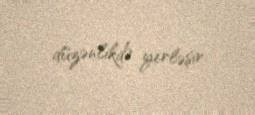
düzənlikdə yerləşir.